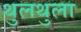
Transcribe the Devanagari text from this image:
थुलथुला